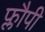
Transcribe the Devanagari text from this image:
फ्लौपी